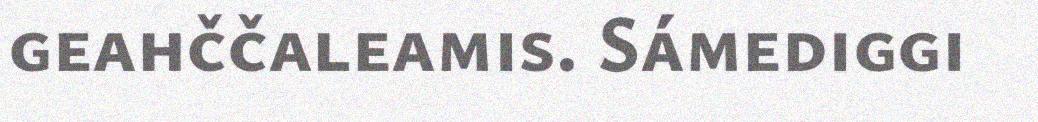
geahččaleamis. Sámediggi